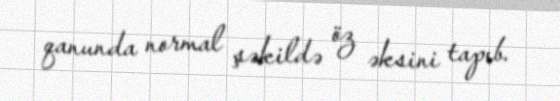
qanunda normal şəkildə öz əksini tapıb.